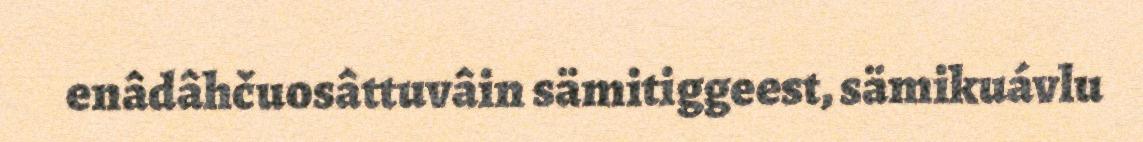
enâdâhčuosâttuvâin sämitiggeest, sämikuávlu